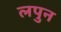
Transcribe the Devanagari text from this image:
लपुन